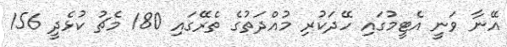
އޭނާ ވަނީ އެޓީމުގައި ހޭދަކުރި މުއްދަތުގެ ތެރޭގައި 180 މެޗު ކުޅެދީ 156